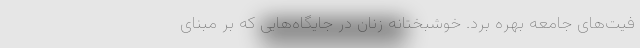
فیت‌های جامعه بهره برد. خوشبختانه زنان در جایگاه‌هایی که بر مبنای